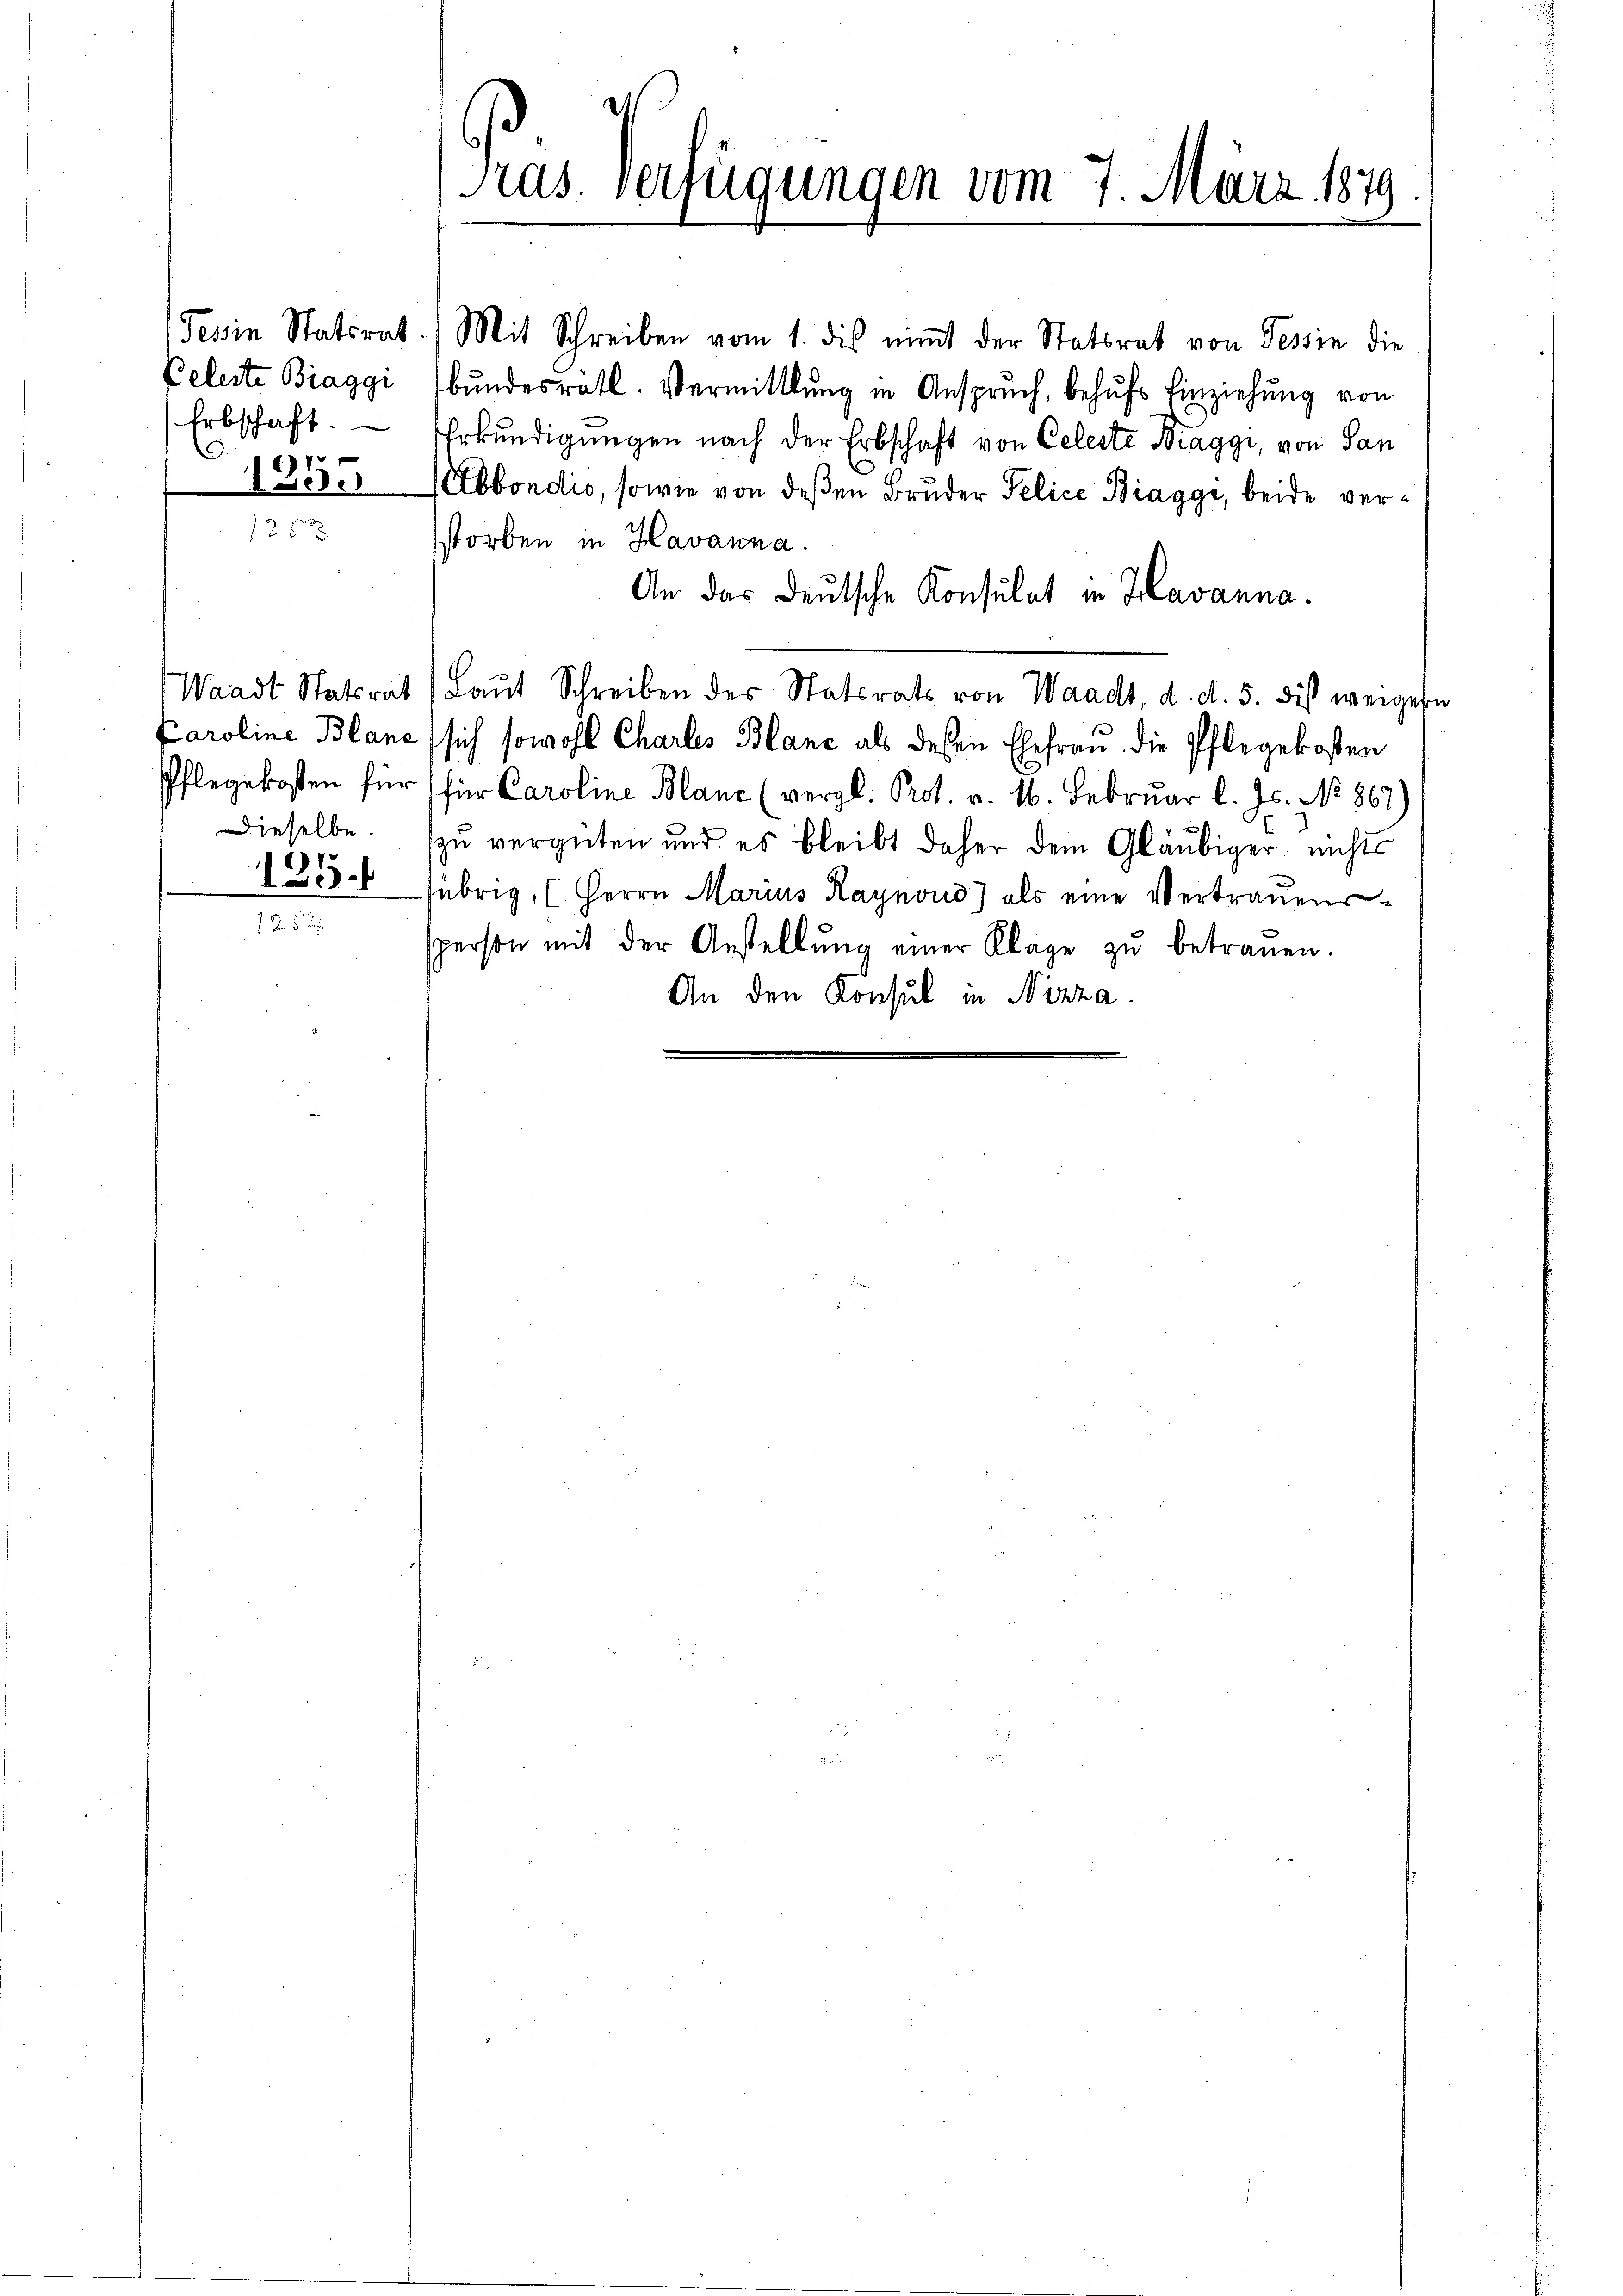
Celeste Biaggi
Erbschaft.
f 7 x
I Bede

Dieselbe.
125.

Tessin Statsrat. Mit Schreiben vom 1. dies nimt der Statsrat von Tessin die
bundesrätl. Vermittlung in Anspruch, behufs Einziehung von
EErkundigungen nach der Erbschaft von Celeste Kraggi, von San
Abbondio, sowie von deßen Bruder Felice Biaggi, beide verstorben in Havanna.
An das Deutsche Konsulat in Havanna.
Waadt Statsrat (Laŭt Schreiben des Statsrats von Waadt, d. d. 5. dies weigese
Caroline Blanc sich sowohl Chartes Blanc als dessen Ehefrau die Pflegekosten
Pflegekosten für (für Caroline Blanc (vergl. Prot. v. 16. Februar l. Js. No. 867)
zu vergüten und es bleibt daher dem Gläubiger nichts
übrig, (Herrn Marius Raynond) als eine Vertrauens
sperson mit der Anstellŭng einer Klage zŭ betrauen.
An den Konsul in Nizza

Pras. Verfügungen vom 7. März 1879.